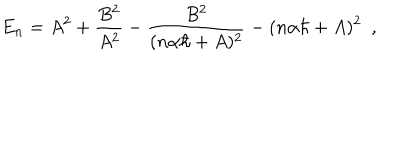
LaTeX: E _ { n } = A ^ { 2 } + \frac { B ^ { 2 } } { A ^ { 2 } } - \frac { B ^ { 2 } } { ( n \alpha \hbar + A ) ^ { 2 } } - ( n \alpha \hbar + A ) ^ { 2 } \, \, \, ,